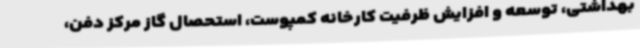
بهداشتی، توسعه و افزایش ظرفیت کارخانه کمپوست، استحصال گاز مرکز دفن،